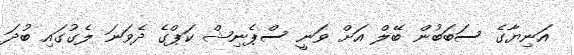
އަނިޔާގެ ސަބަބުން ބޭލް އަށް ވަނީ ސްޕެނިޝް ކަޕްގެ ދެވަނަ ލެގުގައި ބުދަ